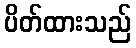
ပိတ်ထားသည်